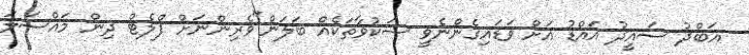
އަބްދު ސައީދު އައްޑު އަށް ވަޑައިގެންނެވީ ޝަކުވާތަކެއް ބަލަން"ވެރިންނަށް ފްލެޓް ދިން މައްސަލަ